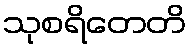
သုစရိတေတိ